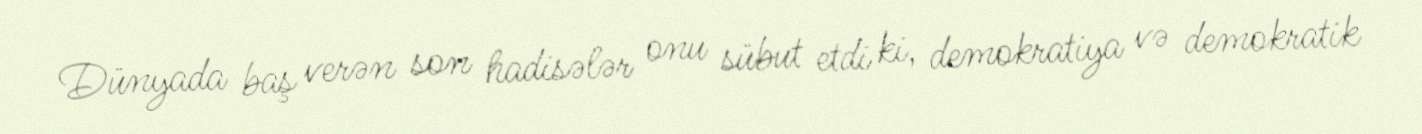
Dünyada baş verən son hadisələr onu sübut etdi ki, demokratiya və demokratik